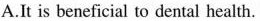
A.It is beneficial to dental health.